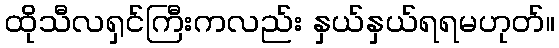
ထိုသီလရှင်ကြီးကလည်း နှယ်နှယ်ရရမဟုတ်။